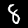
Label: 8